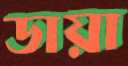
ডায়া